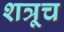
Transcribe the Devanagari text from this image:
शत्रूच